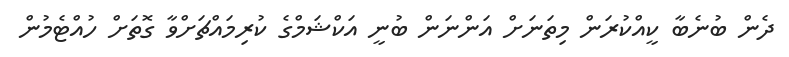
ދެން ބުނެބާ ކީއްކުރަން މިތަނަށް އަންނަން ބުނީ އަކްޝަމްގެ ކުރިމައްޗަށްވާ ގޮތަށް ހުއްޓެމުން